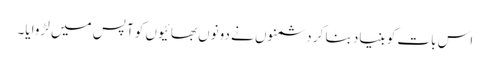
اس بات کو بنیاد بنا کر دشمنوں نے دونوں بھائیوں کو آپس میں لڑوایا۔